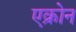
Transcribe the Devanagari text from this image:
एक्रोन